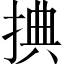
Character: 捵